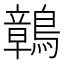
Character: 𪅂